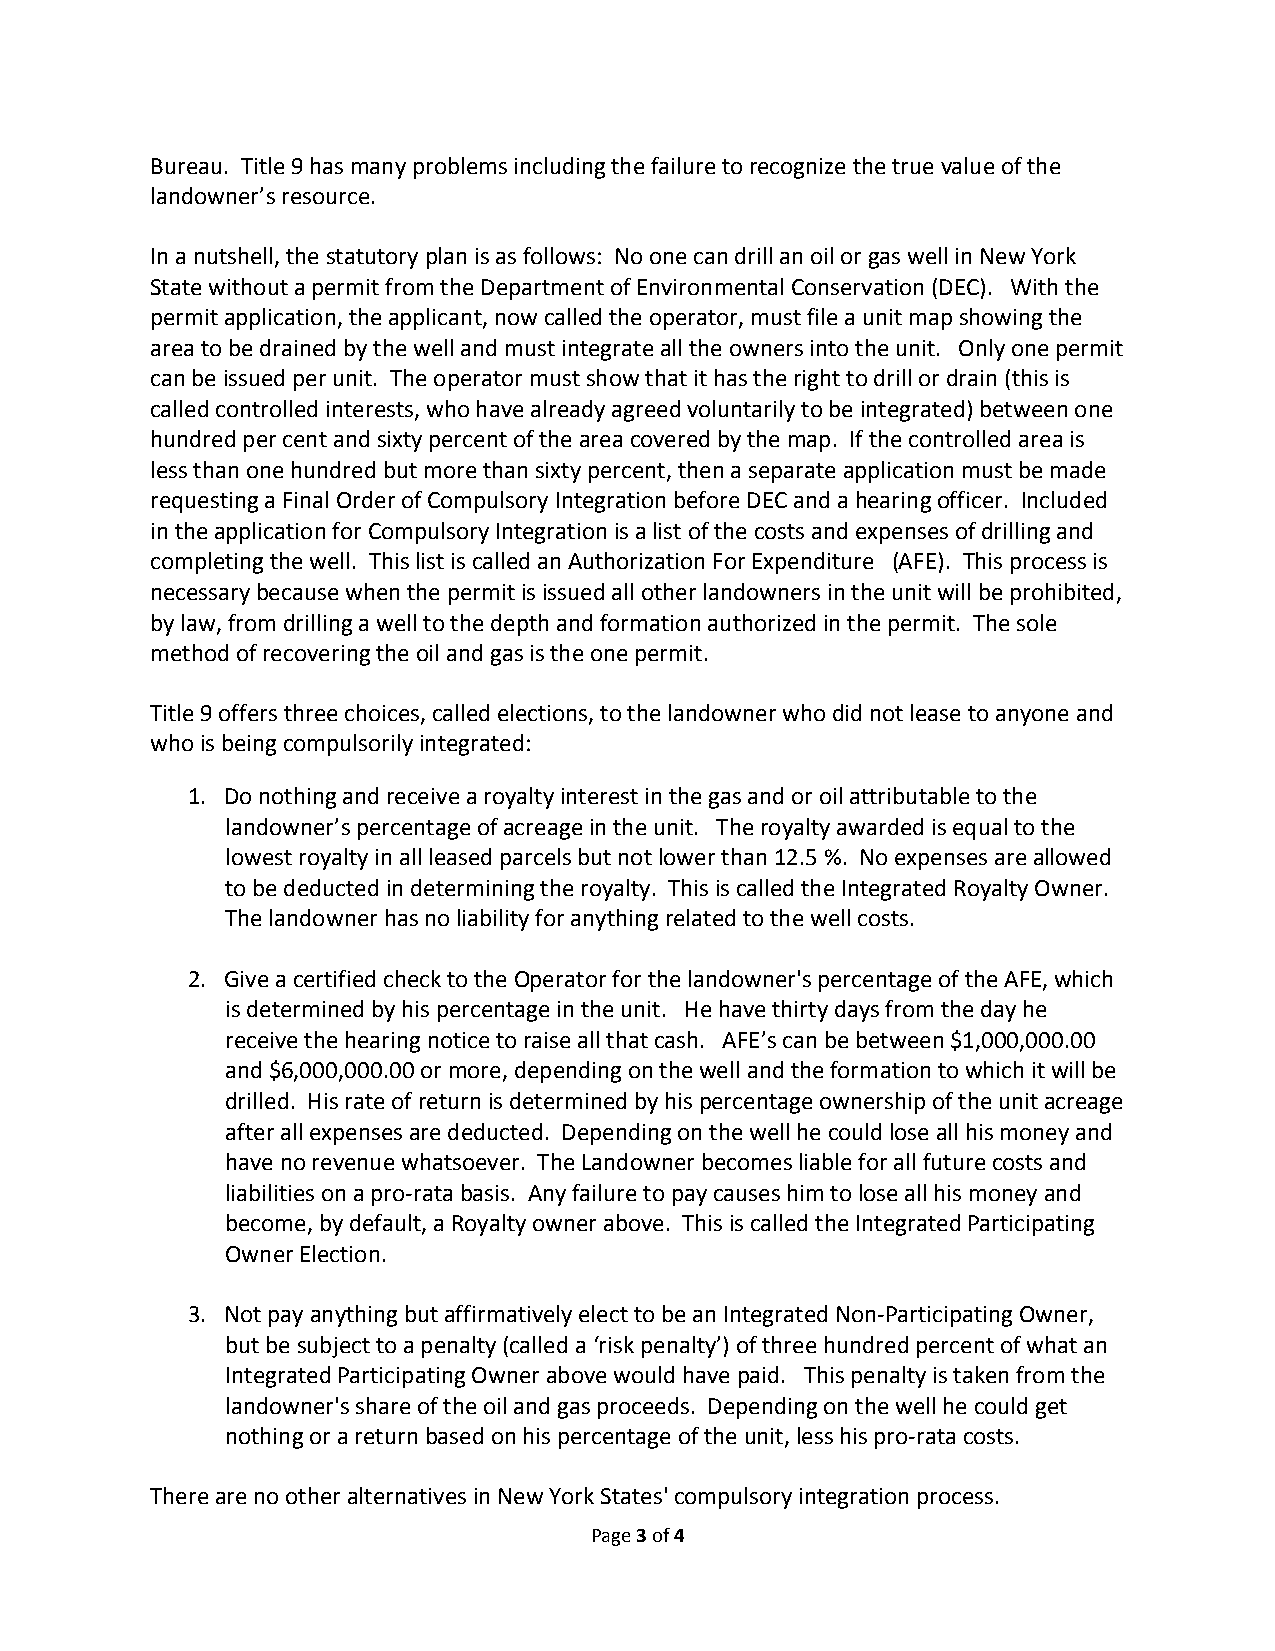
Bureau. Title 9 has many problems including the failure to recognize the true value of the
 landowner’s resource.
 In a nutshell, the statutory plan is as follows: No one can drill an oil or gas well in New York
 State without a permit from the Department of Environmental Conservation (DEC). With the
 permit application, the applicant, now called the operator, must file a unit map showing the
 area to be drained by the well and must integrate all the owners into the unit. Only one permit
 can be issued per unit. The operator must show that it has the right to drill or drain (this is
 called controlled interests, who have already agreed voluntarily to be integrated) between one
 hundred per cent and sixty percent of the area covered by the map. If the controlled area is
 less than one hundred but more than sixty percent, then a separate application must be made
 requesting a Final Order of Compulsory Integration before DEC and a hearing officer. Included
 in the application for Compulsory Integration is a list of the costs and expenses of drilling and
 completing the well. This list is called an Authorization For Expenditure (AFE). This process is
 necessary because when the permit is issued all other landowners in the unit will be prohibited,
 by law, from drilling a well to the depth and formation authorized in the permit. The sole
 method of recovering the oil and gas is the one permit.
 Title 9 offers three choices, called elections, to the landowner who did not lease to anyone and
 who is being compulsorily integrated:
 1. Do nothing and receive a royalty interest in the gas and or oil attributable to the
 landowner’s percentage of acreage in the unit. The royalty awarded is equal to the
 lowest royalty in all leased parcels but not lower than 12.5 %. No expenses are allowed
 to be deducted in determining the royalty. This is called the Integrated Royalty Owner.
 The landowner has no liability for anything related to the well costs.
 2. Give a certified check to the Operator for the landowner's percentage of the AFE, which
 is determined by his percentage in the unit. He have thirty days from the day he
 receive the hearing notice to raise all that cash. AFE’s can be between $1,000,000.00
 and $6,000,000.00 or more, depending on the well and the formation to which it will be
 drilled. His rate of return is determined by his percentage ownership of the unit acreage
 after all expenses are deducted. Depending on the well he could lose all his money and
 have no revenue whatsoever. The Landowner becomes liable for all future costs and
 liabilities on a pro‐rata basis. Any failure to pay causes him to lose all his money and
 become, by default, a Royalty owner above. This is called the Integrated Participating
 Owner Election.
 3. Not pay anything but affirmatively elect to be an Integrated Non‐Participating Owner,
 but be subject to a penalty (called a ‘risk penalty’) of three hundred percent of what an
 Integrated Participating Owner above would have paid. This penalty is taken from the
 landowner's share of the oil and gas proceeds. Depending on the well he could get
 nothing or a return based on his percentage of the unit, less his pro‐rata costs.
 There are no other alternatives in New York States' compulsory integration process.
 Page 3 of 4